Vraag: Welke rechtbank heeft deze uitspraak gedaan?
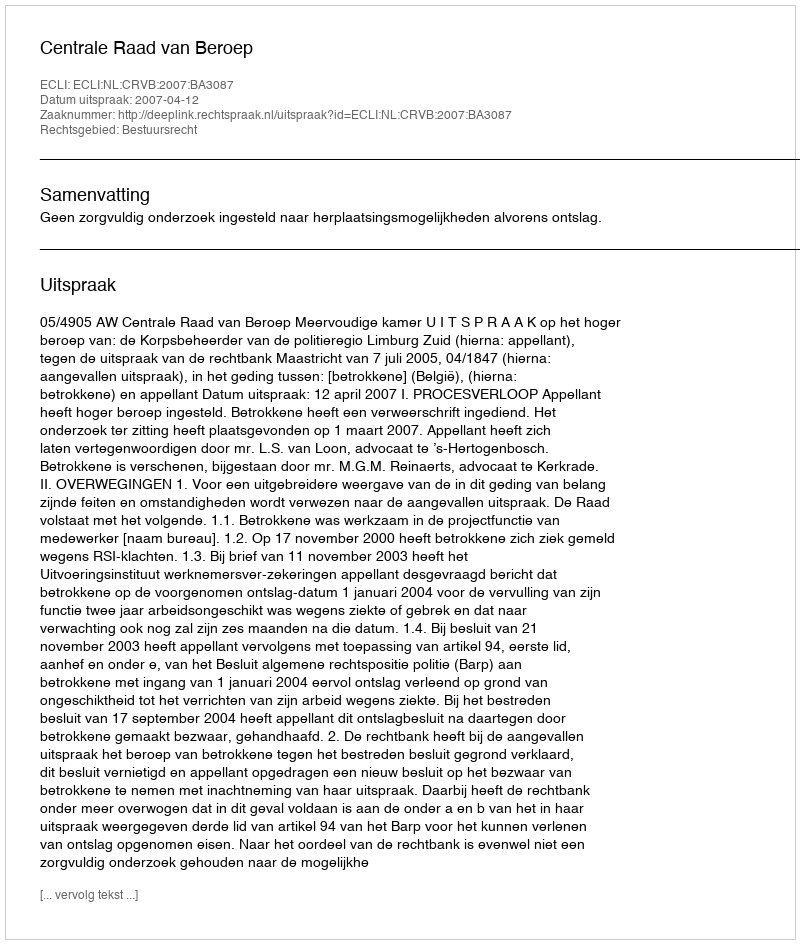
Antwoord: Centrale Raad van Beroep